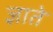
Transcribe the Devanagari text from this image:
ज्ञाते